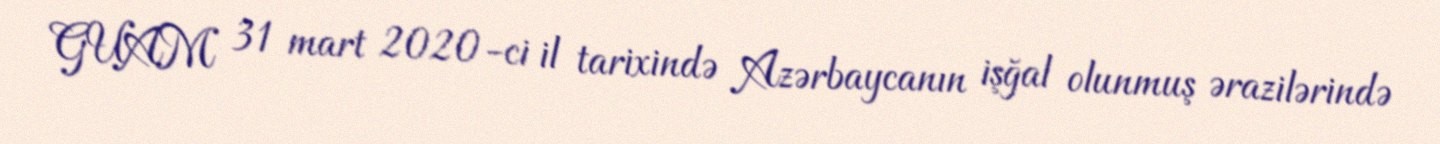
GUAM 31 mart 2020-ci il tarixində Azərbaycanın işğal olunmuş ərazilərində